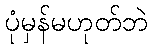
ပုံမှန်မဟုတ်ဘဲ